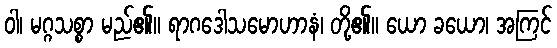
ဝါ၊ မဂ္ဂသစ္စာ မည်၏။ ရာဂဒေါသမောဟာနံ၊ တို့၏။ ယော ခယော၊ အကြင်